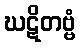
ဃဋိတဗ္ဗံ